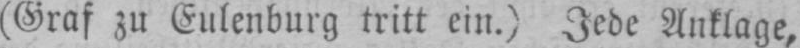
(Graf zu Eulenburg tritt ein.) Jede Auflage,